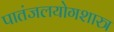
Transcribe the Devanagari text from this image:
पातंजलयोगशास्त्र